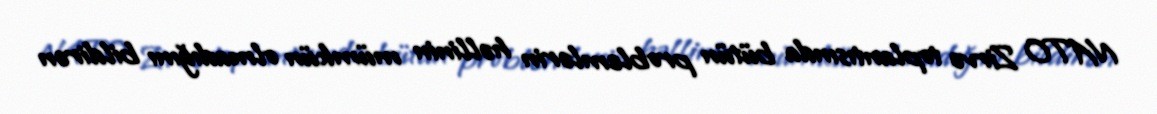
NATO Zirvə toplantısında bütün problemlərin həllinin mümkün olmadığını bildirən